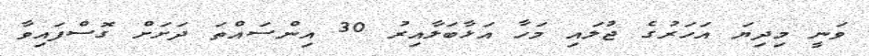
ވަނީ މިދިޔަ އަހަރުގެ ޖުލައި މަހާ އަޅާބަލާއިރު 30 އިންސައްތަ ދަށަށް ގޮސްފައިވާ